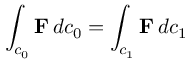
\int _ { c _ { 0 } } \mathbf { F } \, d c _ { 0 } = \int _ { c _ { 1 } } \mathbf { F } \, d c _ { 1 }